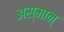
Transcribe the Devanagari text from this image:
अस्मान्